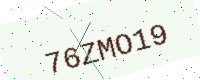
Text: 76ZMO19